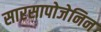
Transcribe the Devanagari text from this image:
सारसापोजेनिन